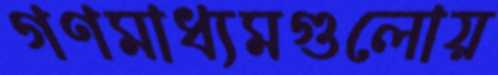
গণমাধ্যমগুলোয়